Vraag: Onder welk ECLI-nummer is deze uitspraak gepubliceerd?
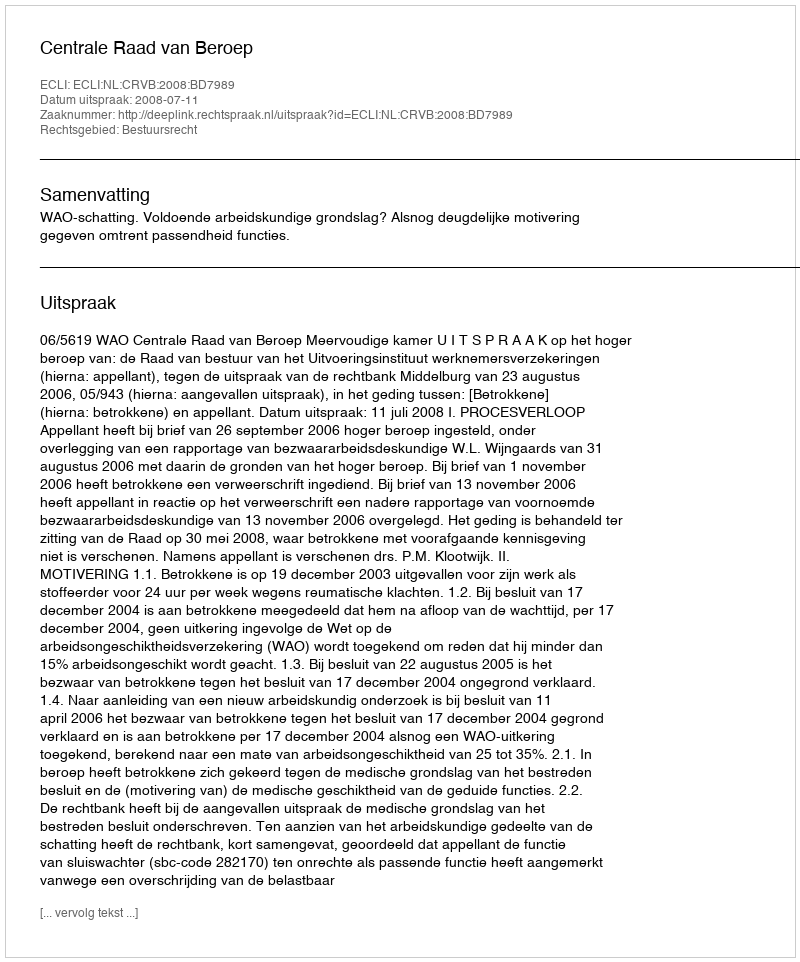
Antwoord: ECLI:NL:CRVB:2008:BD7989